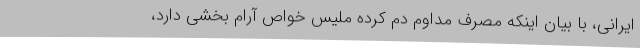
ایرانی، با بیان اینکه مصرف مداوم دم کرده ملیس خواص آرام بخشی دارد،